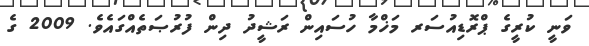
ވަނީ ކުރީގެ ޕްރޮޑިއުސަރ މަޚްމާ ހުސައިން ރަޝީދު ދިން ފުރުޞަތެއްގައެވެ. 2009 ގެ